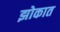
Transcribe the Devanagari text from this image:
झोकात